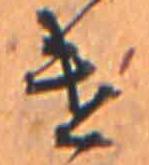
け